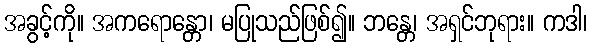
အခွင့်ကို။ အကရောန္တော၊ မပြုသည်ဖြစ်၍။ ဘန္တေ၊ အရှင်ဘုရား။ ကဒါ၊